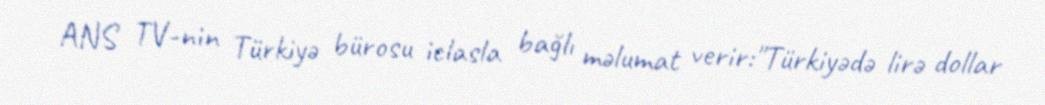
ANS TV-nin Türkiyə bürosu iclasla bağlı məlumat verir:"Türkiyədə lirə dollar